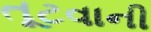
તૂટવાની